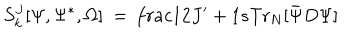
S _ { k } ^ { J } [ \Psi , \Psi ^ { * } , \Omega ] \ = \, \frac { 1 } { 2 J ^ { \prime } + 1 } s \mathrm { T r } _ { N } [ { \bar { \Psi } } D \Psi ]